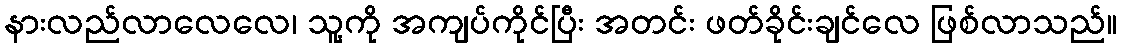
နားလည်လာလေလေ၊ သူ့ကို အကျပ်ကိုင်ပြီး အတင်း ဖတ်ခိုင်းချင်လေ ဖြစ်လာသည်။